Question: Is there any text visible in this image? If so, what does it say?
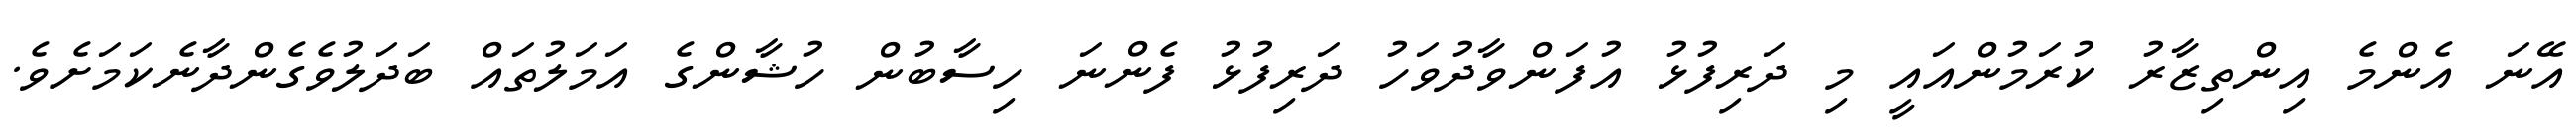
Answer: އޭނަ އެންމެ އިންތިޒާރު ކުރަމުންއައީ މި ދަރިފުޅު އުފަންވާދުވަހު ދަރިފުޅު ފެންނަ ހިސާބުން ހުޝާންގެ އަމަލުތައް ބަދަލުވެގެންދާނެކަމަށެވެ.